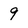
Character: 9